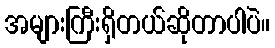
အများကြီးရှိတယ်ဆိုတာပါပဲ။